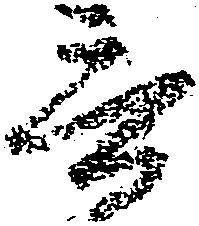
言